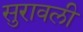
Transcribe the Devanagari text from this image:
सुरावली